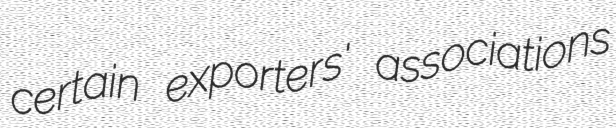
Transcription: certain exporters' associations